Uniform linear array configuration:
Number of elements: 24
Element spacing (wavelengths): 1
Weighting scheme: hamming
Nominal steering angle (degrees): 15
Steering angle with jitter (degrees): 13.109
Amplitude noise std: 0.05
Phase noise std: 0.05

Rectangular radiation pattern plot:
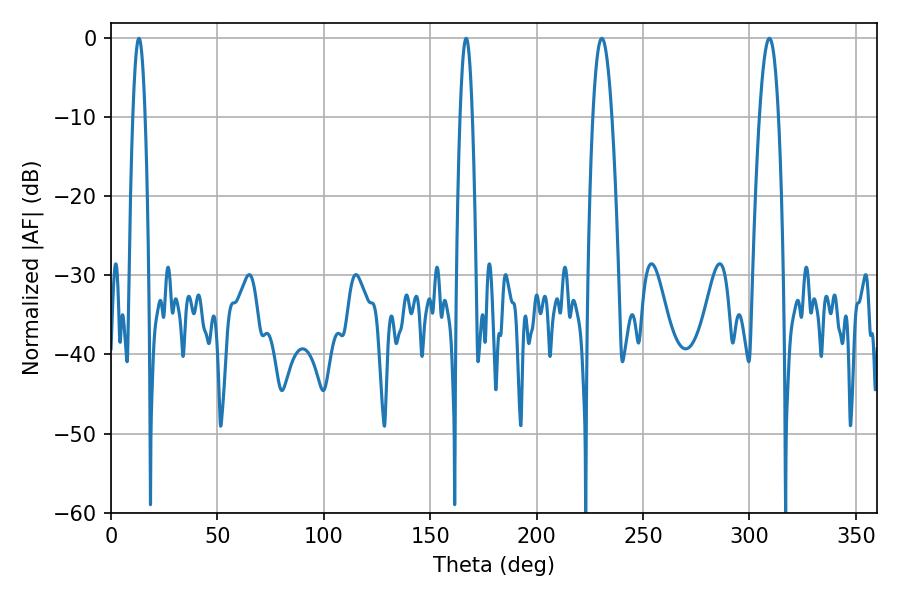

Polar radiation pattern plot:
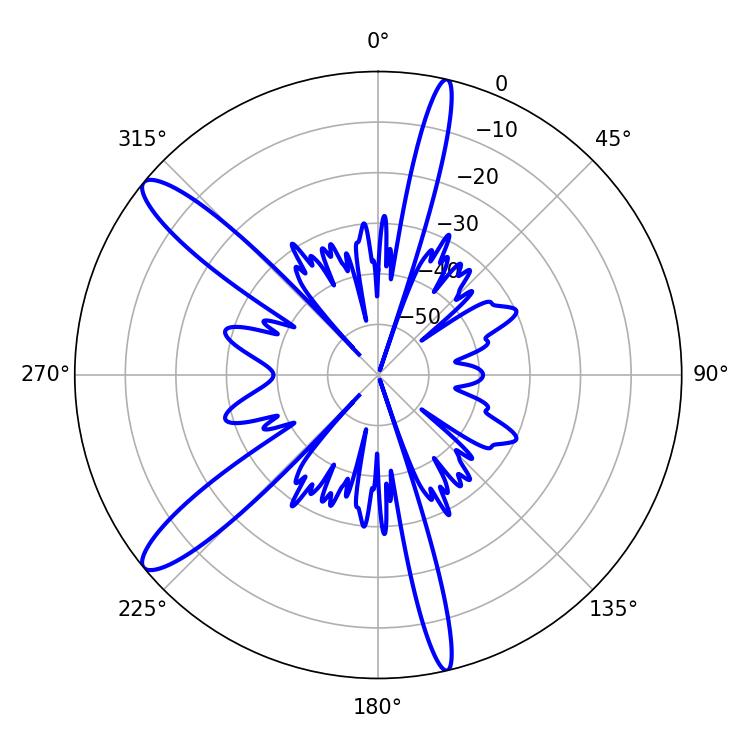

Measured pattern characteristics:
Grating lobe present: TRUE
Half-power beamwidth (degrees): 3.24
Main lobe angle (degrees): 13.14